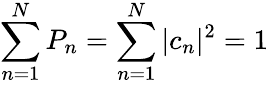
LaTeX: \sum_{n=1}^{N}P_{n}=\sum_{n=1}^{N}|c_{n}|^{2}=1